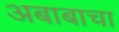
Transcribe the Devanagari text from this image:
अबाबाचा